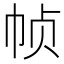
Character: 帧